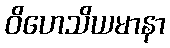
ဝိဟေသိယမာနာ